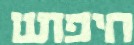
חיפוש